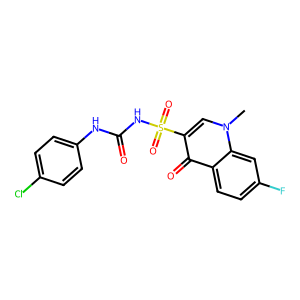
SMILES: Cn1cc(S(=O)(=O)NC(=O)Nc2ccc(Cl)cc2)c(=O)c2ccc(F)cc21
Inhibits HIV replication: No